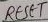
Text: RESET